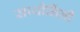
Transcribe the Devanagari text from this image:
साथीनिंनी